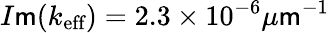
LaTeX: I\mathsf{m}(k_{\textrm{{eff}}})=2.3\times10^{-6}\mu\mathsf{m}^{-1}